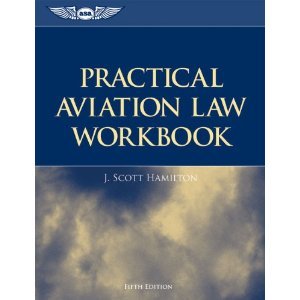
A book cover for Practical Aviation Law Workbook 5th (Fifth) Edition; J. Scott Hamilton; Law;